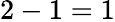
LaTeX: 2-1=1